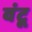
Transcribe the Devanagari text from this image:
वंटू